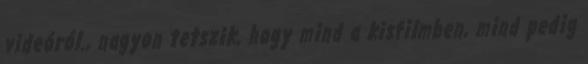
videóról., nagyon tetszik, hogy mind a kisfilmben, mind pedig